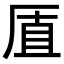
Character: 𪠋